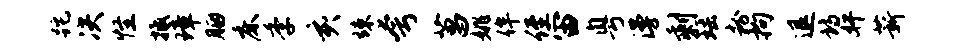
跎决怪抵璋胭床季亥竦夸菖姚侔侄宙粤漫剩瑶粉拘退诗奸薪